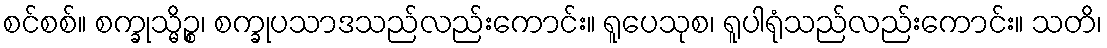
စင်စစ်။ စက္ခုသ္မိဉ္စ၊ စက္ခုပသာဒသည်လည်းကောင်း။ ရူပေသုစ၊ ရူပါရုံသည်လည်းကောင်း။ သတိ၊